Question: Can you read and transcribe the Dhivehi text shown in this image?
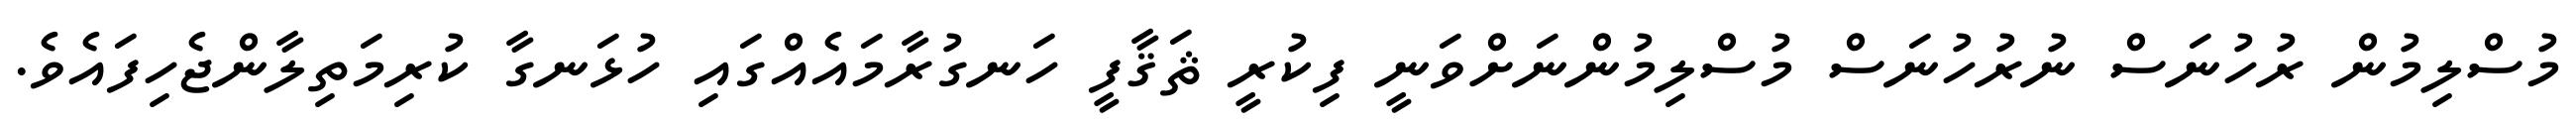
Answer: މުސްލިމުން ރުހުނަސް ނުރުހުނަސް މުސްލިމުންނަށްވަނީ ފިކުރީ ޘަޤާފީ ހަނގުރާމައެއްގައި ހުޅަނގާ ކުރިމަތިލާންޖެހިފައެވެ.